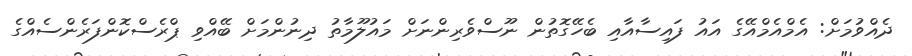
ދެއްވުމަށް: އެމްއެމްއޭގެ އައު ފައިސާއާއި ބެހޭގޮތުން ނޫސްވެރިންނަށް މައުލޫމާތު ދިނުންމަށް ބޭއްވި ޕްރެސްކޮންފަރެންސެއްގެ